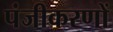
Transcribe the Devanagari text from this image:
पंजीकरणों